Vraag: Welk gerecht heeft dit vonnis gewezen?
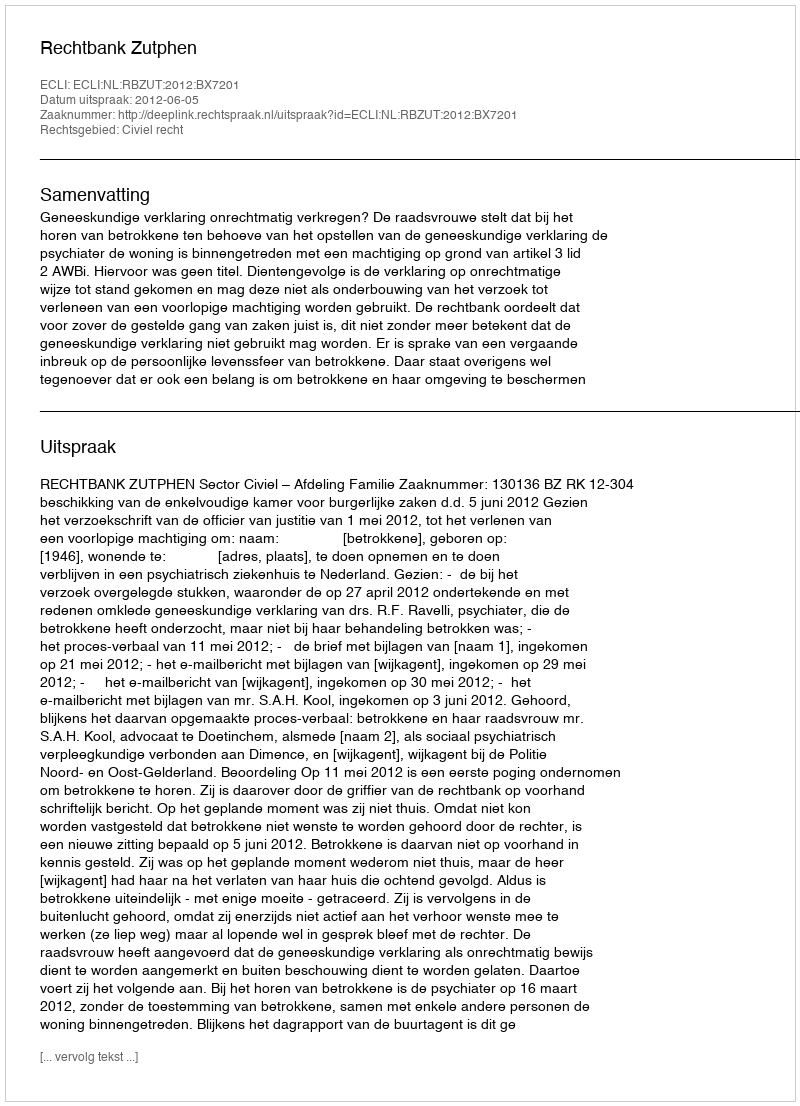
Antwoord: Rechtbank Zutphen